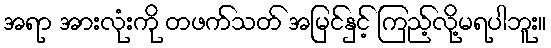
အရာ အားလုံးကို တဖက်သတ် အမြင်နှင့် ကြည့်လို့မရပါဘူး။